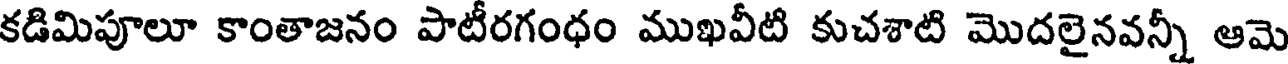
కడిమిపూలూ కాంతాజనం పాటీరగంధం ముఖవీటి కుచశాటి మొదలైనవన్నీ ఆమె